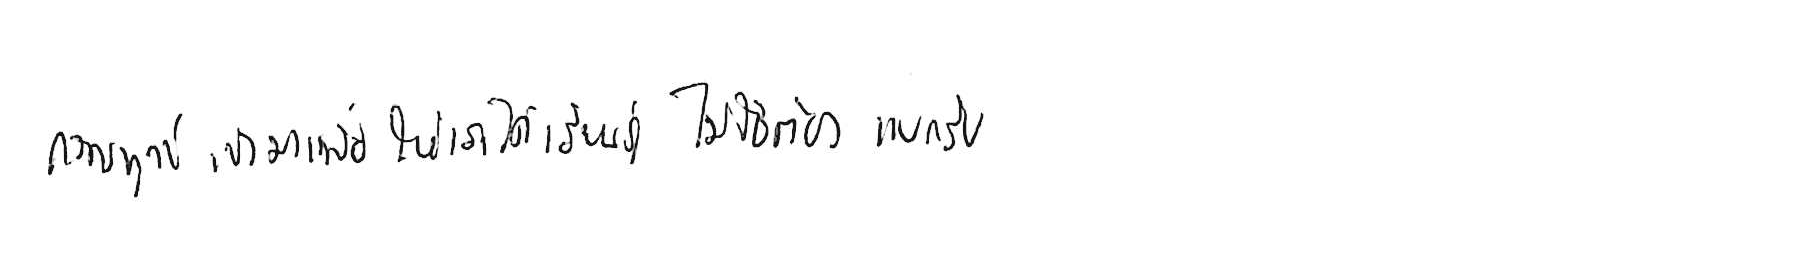
ความทุกข์ เข้ามาเพื่อให้เราได้ เรียนรู้ ไม่ใช่ต้อง แบกรับ